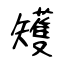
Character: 矱